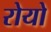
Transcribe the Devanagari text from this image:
रोयो